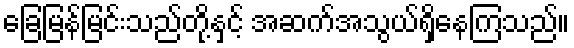
ခြေမြန်မြင်းသည်တို့နှင့် အဆက်အသွယ်ရှိနေကြသည်။